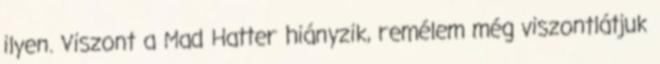
ilyen. Viszont a Mad Hatter hiányzik, remélem még viszontlátjuk